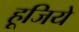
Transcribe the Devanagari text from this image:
हूजिये